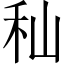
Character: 秈